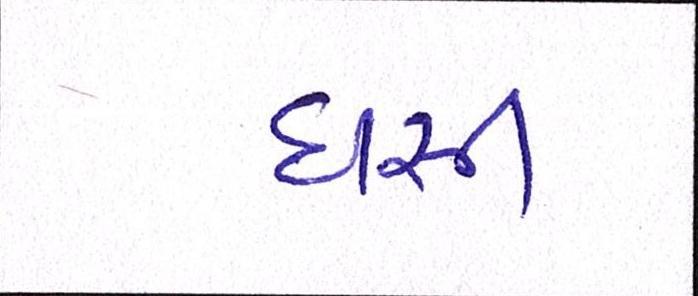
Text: ઘસી